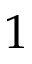
1